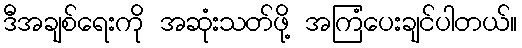
ဒီအချစ်ရေးကို အဆုံးသတ်ဖို့ အကြံပေးချင်ပါတယ်။